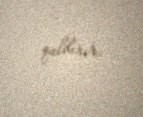
qaldırır.